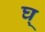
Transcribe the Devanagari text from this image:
घ्‌